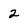
Character: 2